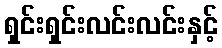
ရှင်းရှင်းလင်းလင်းနှင့်